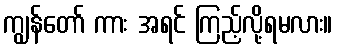
ကျွန်တော် ကား အရင် ကြည့်လို့ရမလား။